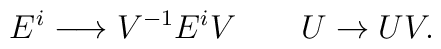
E^i \longrightarrow V^{-1} E^i V \qquad U \to U V.